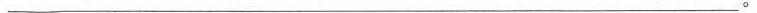
___。